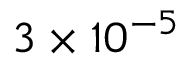
\ensuremath { 3 \times 1 0 ^ { - 5 } }